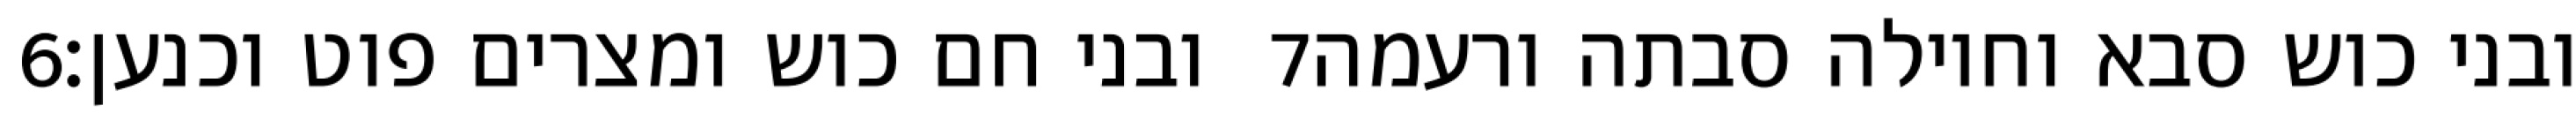
‎6‏ ובני חם כוש ומצרים פוט וכנען׃ ‎7‏ ובני כוש סבא וחוילה סבתה ורעמה